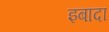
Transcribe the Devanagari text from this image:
इबादा